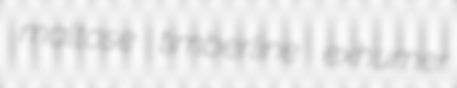
maltose timberline exhumer